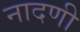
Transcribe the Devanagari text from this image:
नादणी